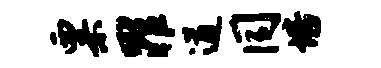
粟罪遒同培